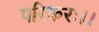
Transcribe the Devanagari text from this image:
परिकरः।।